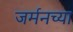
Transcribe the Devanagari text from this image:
जर्मनच्या